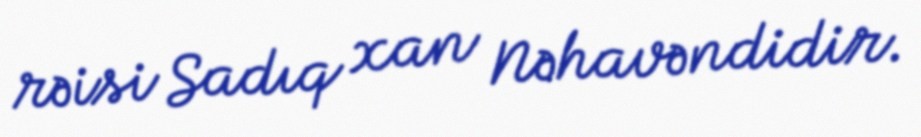
rəisi Sadıq xan Nəhavəndidir.